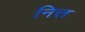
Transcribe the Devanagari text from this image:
नित्त